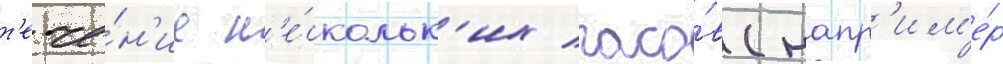
т'ече́н'ие н'е́скольк'их часо́в (напр'им'е́р